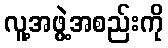
လူ့အဖွဲ့အစည်းကို